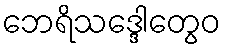
ဘေရိသဒ္ဒေါတွေဝ